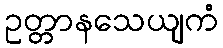
ဥတ္တာနသေယျကံ